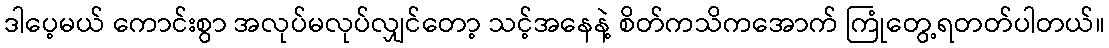
ဒါပေ့မယ် ကောင်းစွာ အလုပ်မလုပ်လျှင်တော့ သင့်အနေနဲ့ စိတ်ကသိကအောက် ကြုံတွေ့ရတတ်ပါတယ်။